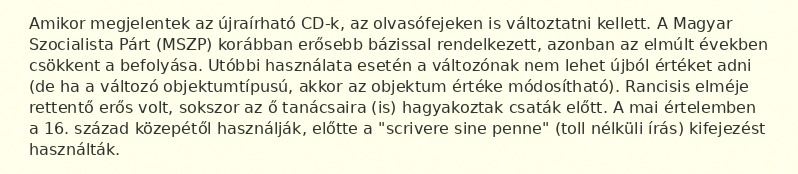
Amikor megjelentek az újraírható CD-k, az olvasófejeken is változtatni kellett. A Magyar Szocialista Párt (MSZP) korábban erősebb bázissal rendelkezett, azonban az elmúlt években csökkent a befolyása. Utóbbi használata esetén a változónak nem lehet újból értéket adni (de ha a változó objektumtípusú, akkor az objektum értéke módosítható). Rancisis elméje rettentő erős volt, sokszor az ő tanácsaira (is) hagyakoztak csaták előtt. A mai értelemben a 16. század közepétől használják, előtte a "scrivere sine penne" (toll nélküli írás) kifejezést használták.